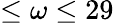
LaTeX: \leq\omega\leq 29